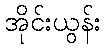
အိုင်းယွန်း